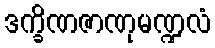
ဒက္ခိဏဇာဏုမဏ္ဍလံ